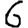
Digit: 6